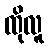
ထိုလူ